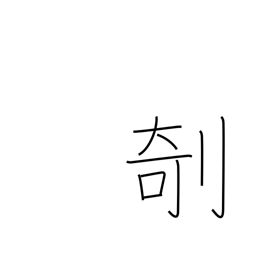
Meaning: carve